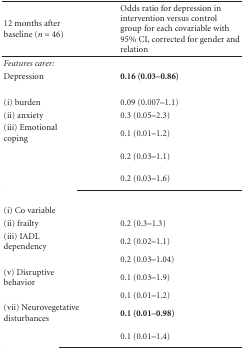
<table><thead><tr><td><b>12 months after baseline (<i>n</i> = 46)</b></td><td><b>Odds ratio for depression in intervention versus control group for each covariable with 95% CI, corrected for gender and relation</b></td></tr></thead><tbody><tr><td><i>Features carer: </i></td><td>[EMPTY_CELL]</td></tr><tr><td>Depression</td><td><b>0.16 (0.03–0.86) </b></td></tr><tr><td>[EMPTY_CELL]</td><td>[EMPTY_CELL]</td></tr><tr><td>(i) burden</td><td>0.09 (0.007–1.1)</td></tr><tr><td>(ii) anxiety</td><td>0.3 (0.05–2.3)</td></tr><tr><td>(iii) Emotional coping</td><td>0.1 (0.01–1.2)</td></tr><tr><td>[EMPTY_CELL]</td><td>0.2 (0.03–1.1)</td></tr><tr><td>[EMPTY_CELL]</td><td>0.2 (0.03–1.6) </td></tr><tr><td>[EMPTY_CELL]</td><td>[EMPTY_CELL]</td></tr><tr><td>(i) Co variable</td><td>[EMPTY_CELL]</td></tr><tr><td>(ii) frailty</td><td>0.2 (0.3–1.3)</td></tr><tr><td>(iii) IADL dependency</td><td>0.2 (0.02–1.1)</td></tr><tr><td>[EMPTY_CELL]</td><td>0.2 (0.03–1.04)</td></tr><tr><td>(v) Disruptive behavior</td><td>0.1 (0.03–1.9)</td></tr><tr><td>[EMPTY_CELL]</td><td>0.1 (0.01–1.2)</td></tr><tr><td>(vii) Neurovegetative disturbances</td><td><b>0.1 (0.01–0.98)</b></td></tr><tr><td>[EMPTY_CELL]</td><td>0.1 (0.01–1.4)</td></tr></tbody></table>